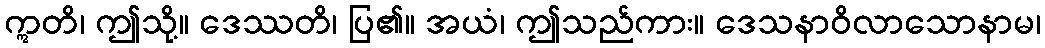
ဣတိ၊ ဤသို့။ ဒေဿတိ၊ ပြ၏။ အယံ၊ ဤသည်ကား။ ဒေသနာဝိလာသောနာမ၊